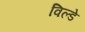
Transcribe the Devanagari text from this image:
विल्डे